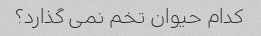
کدام حیوان تخم نمی گذارد؟